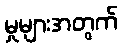
မှုများအတွက်